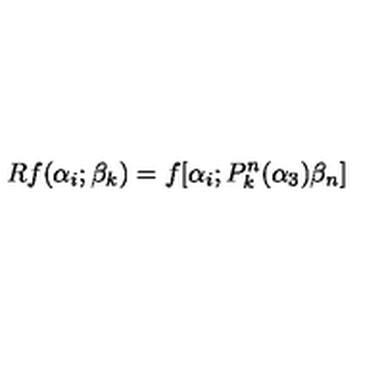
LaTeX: R f ( \alpha _ { i } ; \beta _ { k } ) = f [ \alpha _ { i } ; P _ { k } ^ { n } ( \alpha _ { 3 } ) \beta _ { n } ]